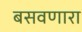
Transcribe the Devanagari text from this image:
बसवणारा